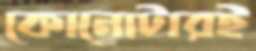
কোনোটারই